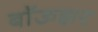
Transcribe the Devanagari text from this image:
बॉऊझर